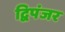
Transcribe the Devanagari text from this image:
द्विपंजर